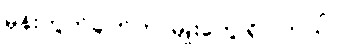
မှန်းတွက်ချက်တာမျိုးတွေ ရှိပါတယ်။